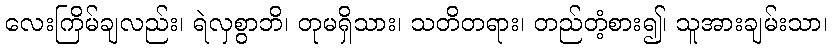
လေးကြိမ်ချလည်း၊ ရဲလှစွာဘိ၊ တုမရှိသား၊ သတိတရား၊ တည်တံ့စား၍၊ သူအားချမ်းသာ၊